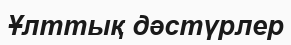
Ұлттық дәстүрлер